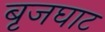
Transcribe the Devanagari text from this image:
बृजघाट